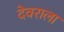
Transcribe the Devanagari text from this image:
देवराला